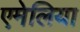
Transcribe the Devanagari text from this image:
एमेलिया